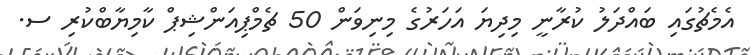
އެމެޗުގައި ބައްދަލު ކުރާނީ މިދިޔަ އަހަރުގެ މިނިވަން 50 ޗެމްޕިއަންޝިޕް ކާމިޔާބްކުރި ސ.